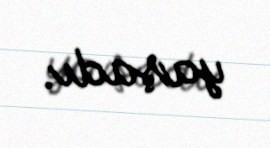
yaşadı.